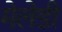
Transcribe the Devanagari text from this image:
मेलेडी